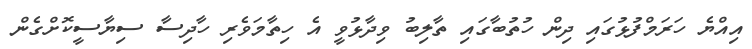
އިއްޔެ ހަރަމްފުޅުގައި ދިން ހުތުބާގައި ތާލިބު ވިދާޅުވީ އެ ހިތާމަވެރި ހާދިސާ ސިޔާސީކޮށްގެން